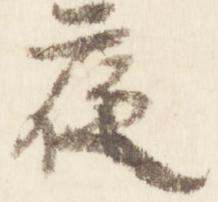
夜